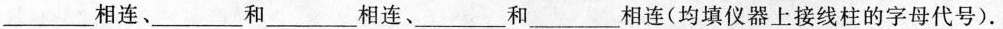
___相连、___和___相连、___和___相连(均填仪器上接线柱的字母代号).